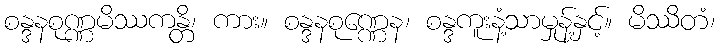
စန္ဒနစုဏ္ဏမိဿကန္တိ၊ ကား။ စန္ဒနစုဏ္ဏေန၊ စန္ဒကူးနံ့သာမှုန့်နှင့်။ မိဿိတံ၊